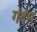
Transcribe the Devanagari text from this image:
गंदम